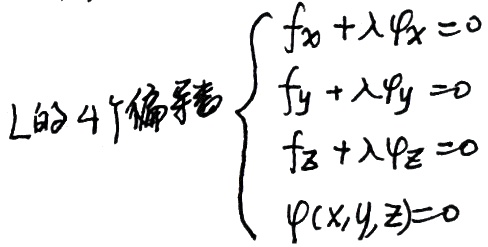
L的4个偏导数\(\begin{cases}f_x+\lambda \varphi_x = 0\\f_y+\lambda \varphi_y = 0\\f_z+\lambda \varphi_z = 0\\\varphi(x,y,z)=0\end{cases}\)